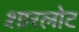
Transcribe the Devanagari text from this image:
शारलोट